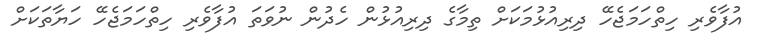
އުފާވެރި ހިތްހަމަޖެހޭ ދިރިއުޅުމަކަށް ތިމާގެ ދިރިއުޅުން ހެދުން ނުވަތަ އުފާވެރި ހިތްހަމަޖެހޭ ހަޔާތަކަށް